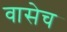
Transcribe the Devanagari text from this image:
वासेच